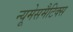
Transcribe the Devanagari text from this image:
न्यूमेसमैटिक्स